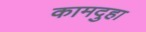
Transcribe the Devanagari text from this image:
कामदुहा